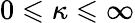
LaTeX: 0\leqslant\kappa\leqslant\infty